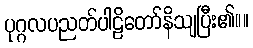
ပုဂ္ဂလပညတ်ပါဠိတော်နိသျပြီး၏။။